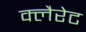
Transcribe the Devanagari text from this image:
क्लैरेट